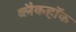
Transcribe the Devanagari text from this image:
ब्लैकहॉक